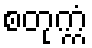
စတုက္ကံ